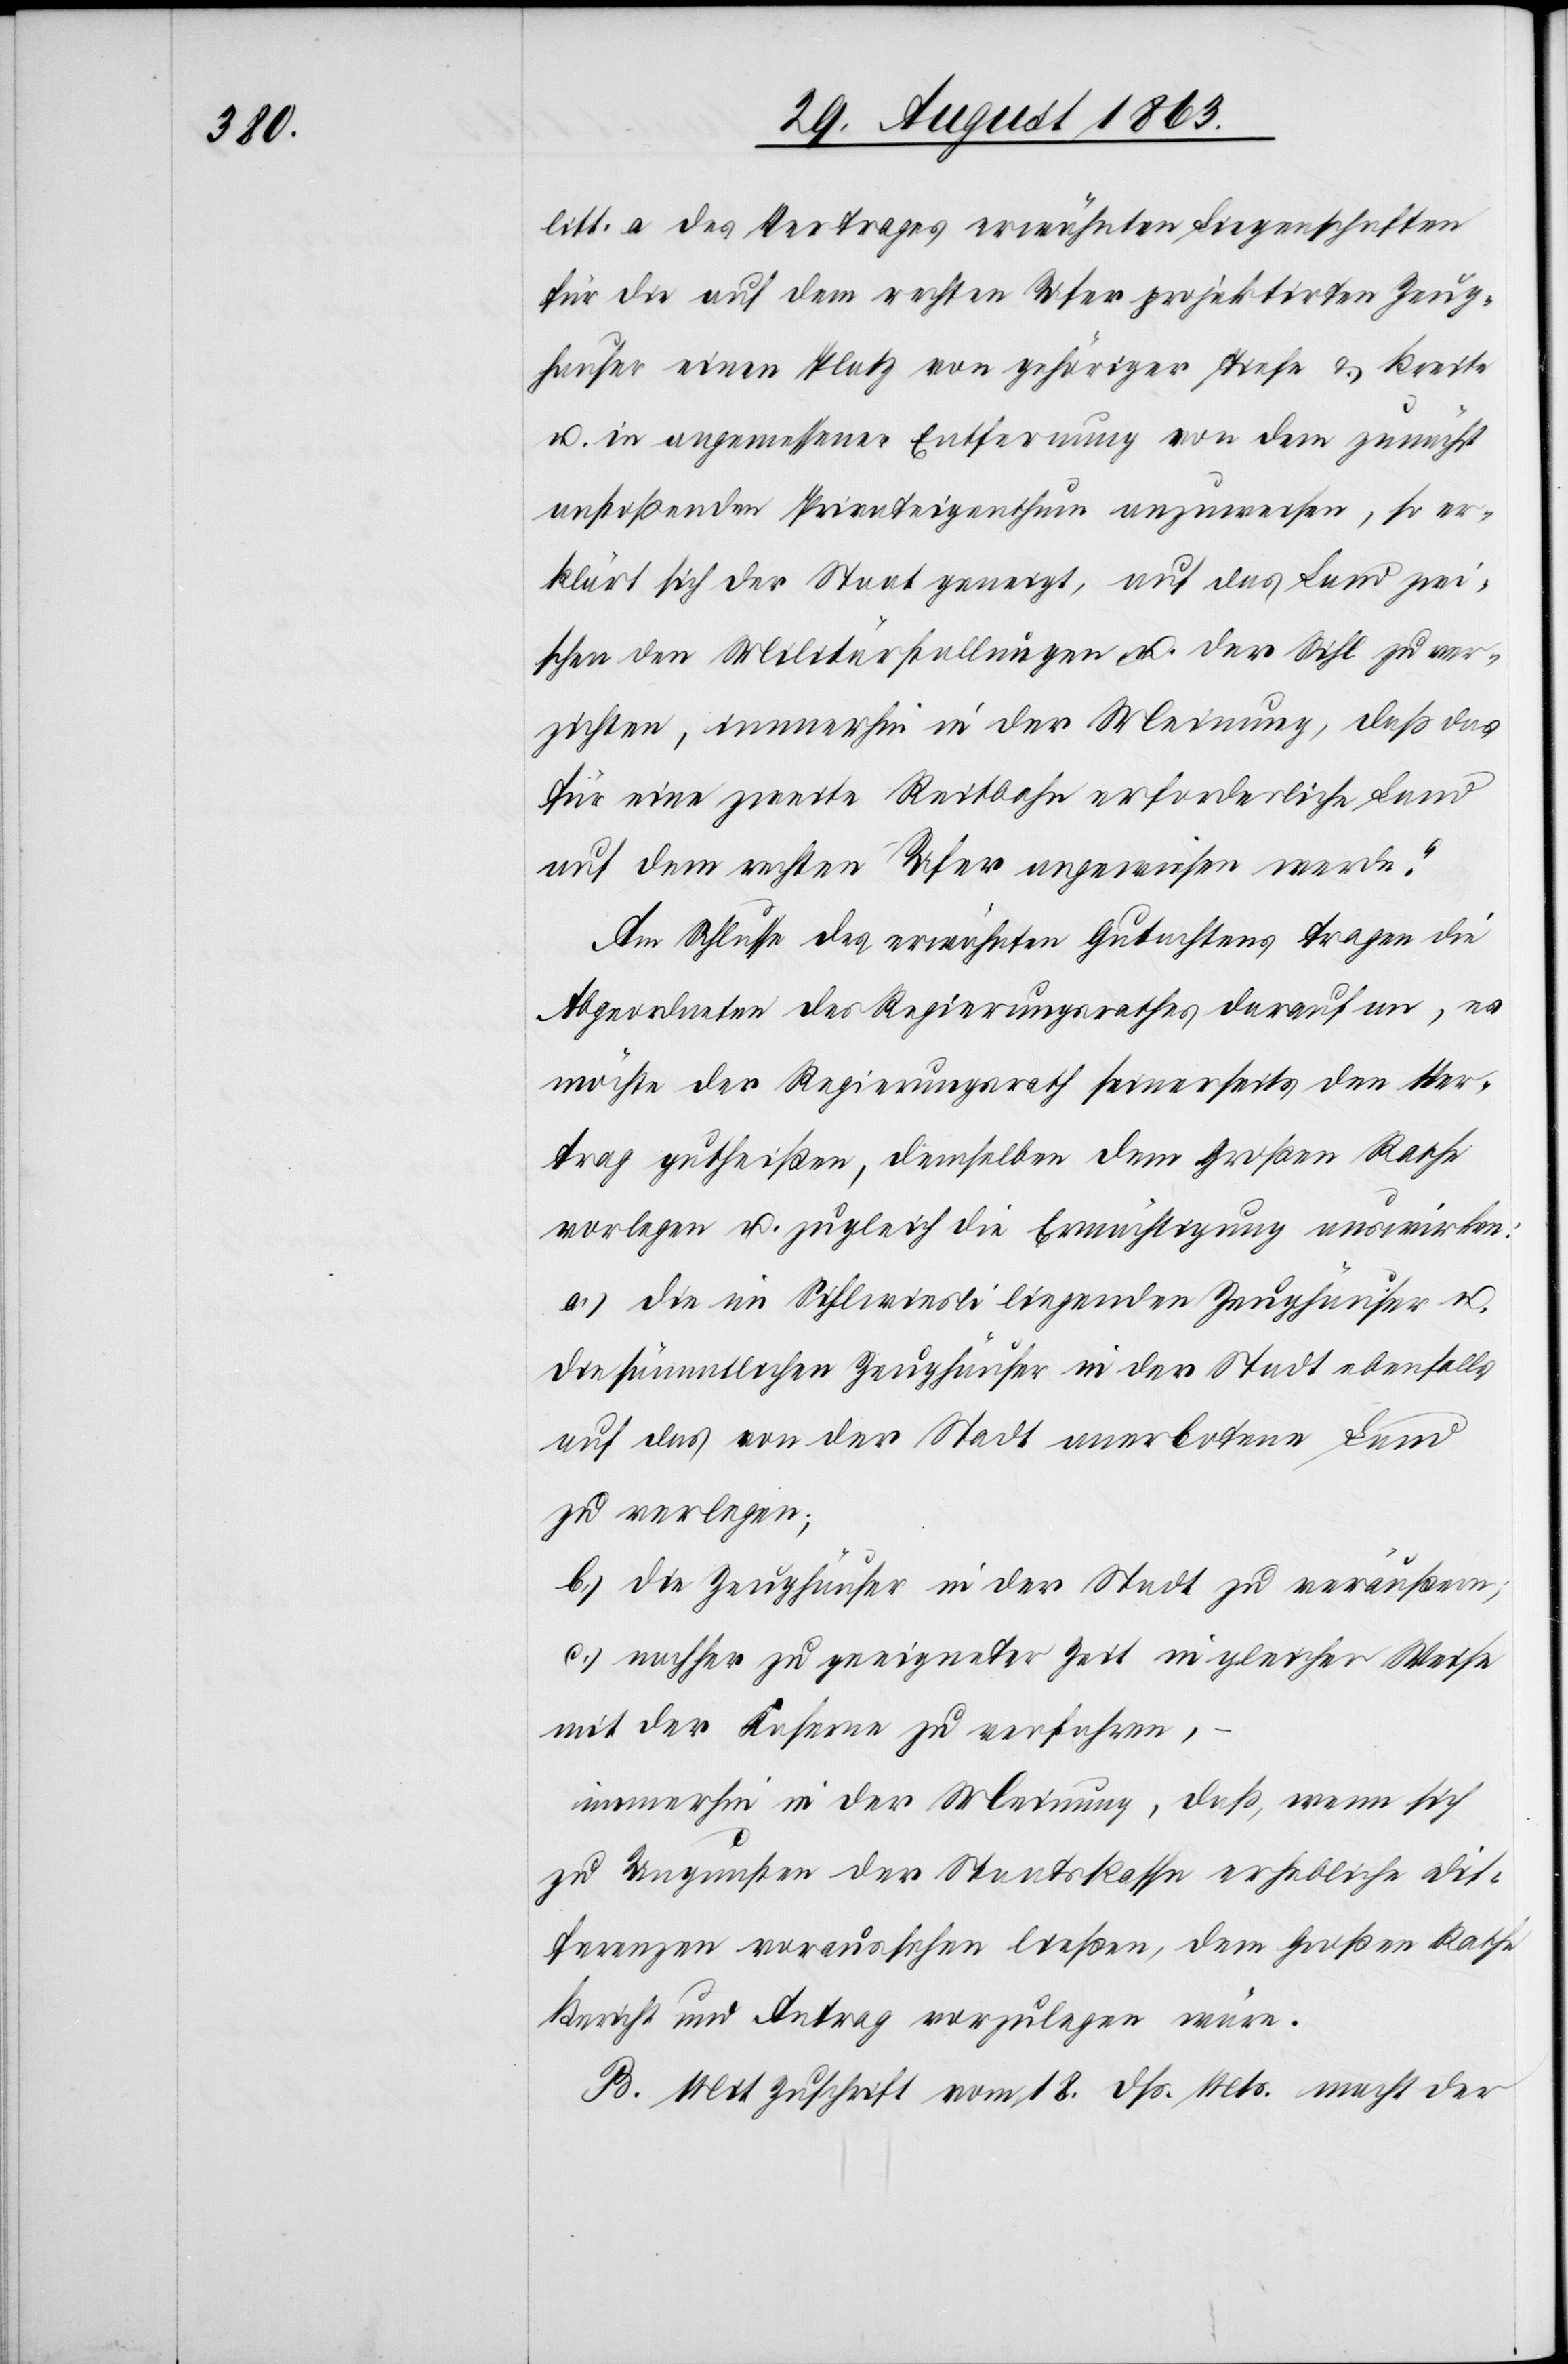
litt. a des Vertrages erwähnten Liegenschaften
für die auf dem rechten Ufer projektirten Zeug¬
hauser [sic!] einen Platz von gehöriger Tiefe & Breite
u. in angemessener Entfernung von dem zunächst
anstoßenden Privateigenthum anzuweisen, so er¬
klärt sich der Staat geneigt, auf das Land zwi¬
schen den Militärstallungen u. der Sihl zu ver¬
zichten, immerhin in der Meinung, daß das
für eine zweite Reitbahn erforderliche Land
auf dem rechten Ufer angewiesen werde.“
Am Schlusse des erwähnten Gutachtens tragen die
Abgeordneten des Regierungsrathes darauf an, es
möchte der Regierungsrath seinerseits den Ver¬
trag gutheißen, demselben [sic!] dem Großen Rathe
vorlegen u. zugleich die Ermächtigung auswirken:
a.) die im Sihlwiesli liegenden Zeughäuser u.
die sämmtlichen Zeughäuser in der Stadt ebenfalls
auf das von der Stadt anerbotene Land
zu verlegen;
b.) die Zeughäuser in der Stadt zu veräußern;
c.) nachher zu geeigneter Zeit in gleicher Weise
mit der Kaserne zu verfahren,
immerhin in der Meinung, daß, wenn sich
zu Ungunsten der Staatskasse erhebliche Dif¬
ferenzen voraussehen ließen, dem Großen Rathe
Bericht und Antrag vorzulegen wäre.
B. Mit Zuschrift vom 18. dß. Mts. macht der